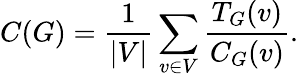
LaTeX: C(G)=\frac{1}{|V|}\sum_{v\in V}\frac{T_{G}(v)}{C_{G}(v)}.